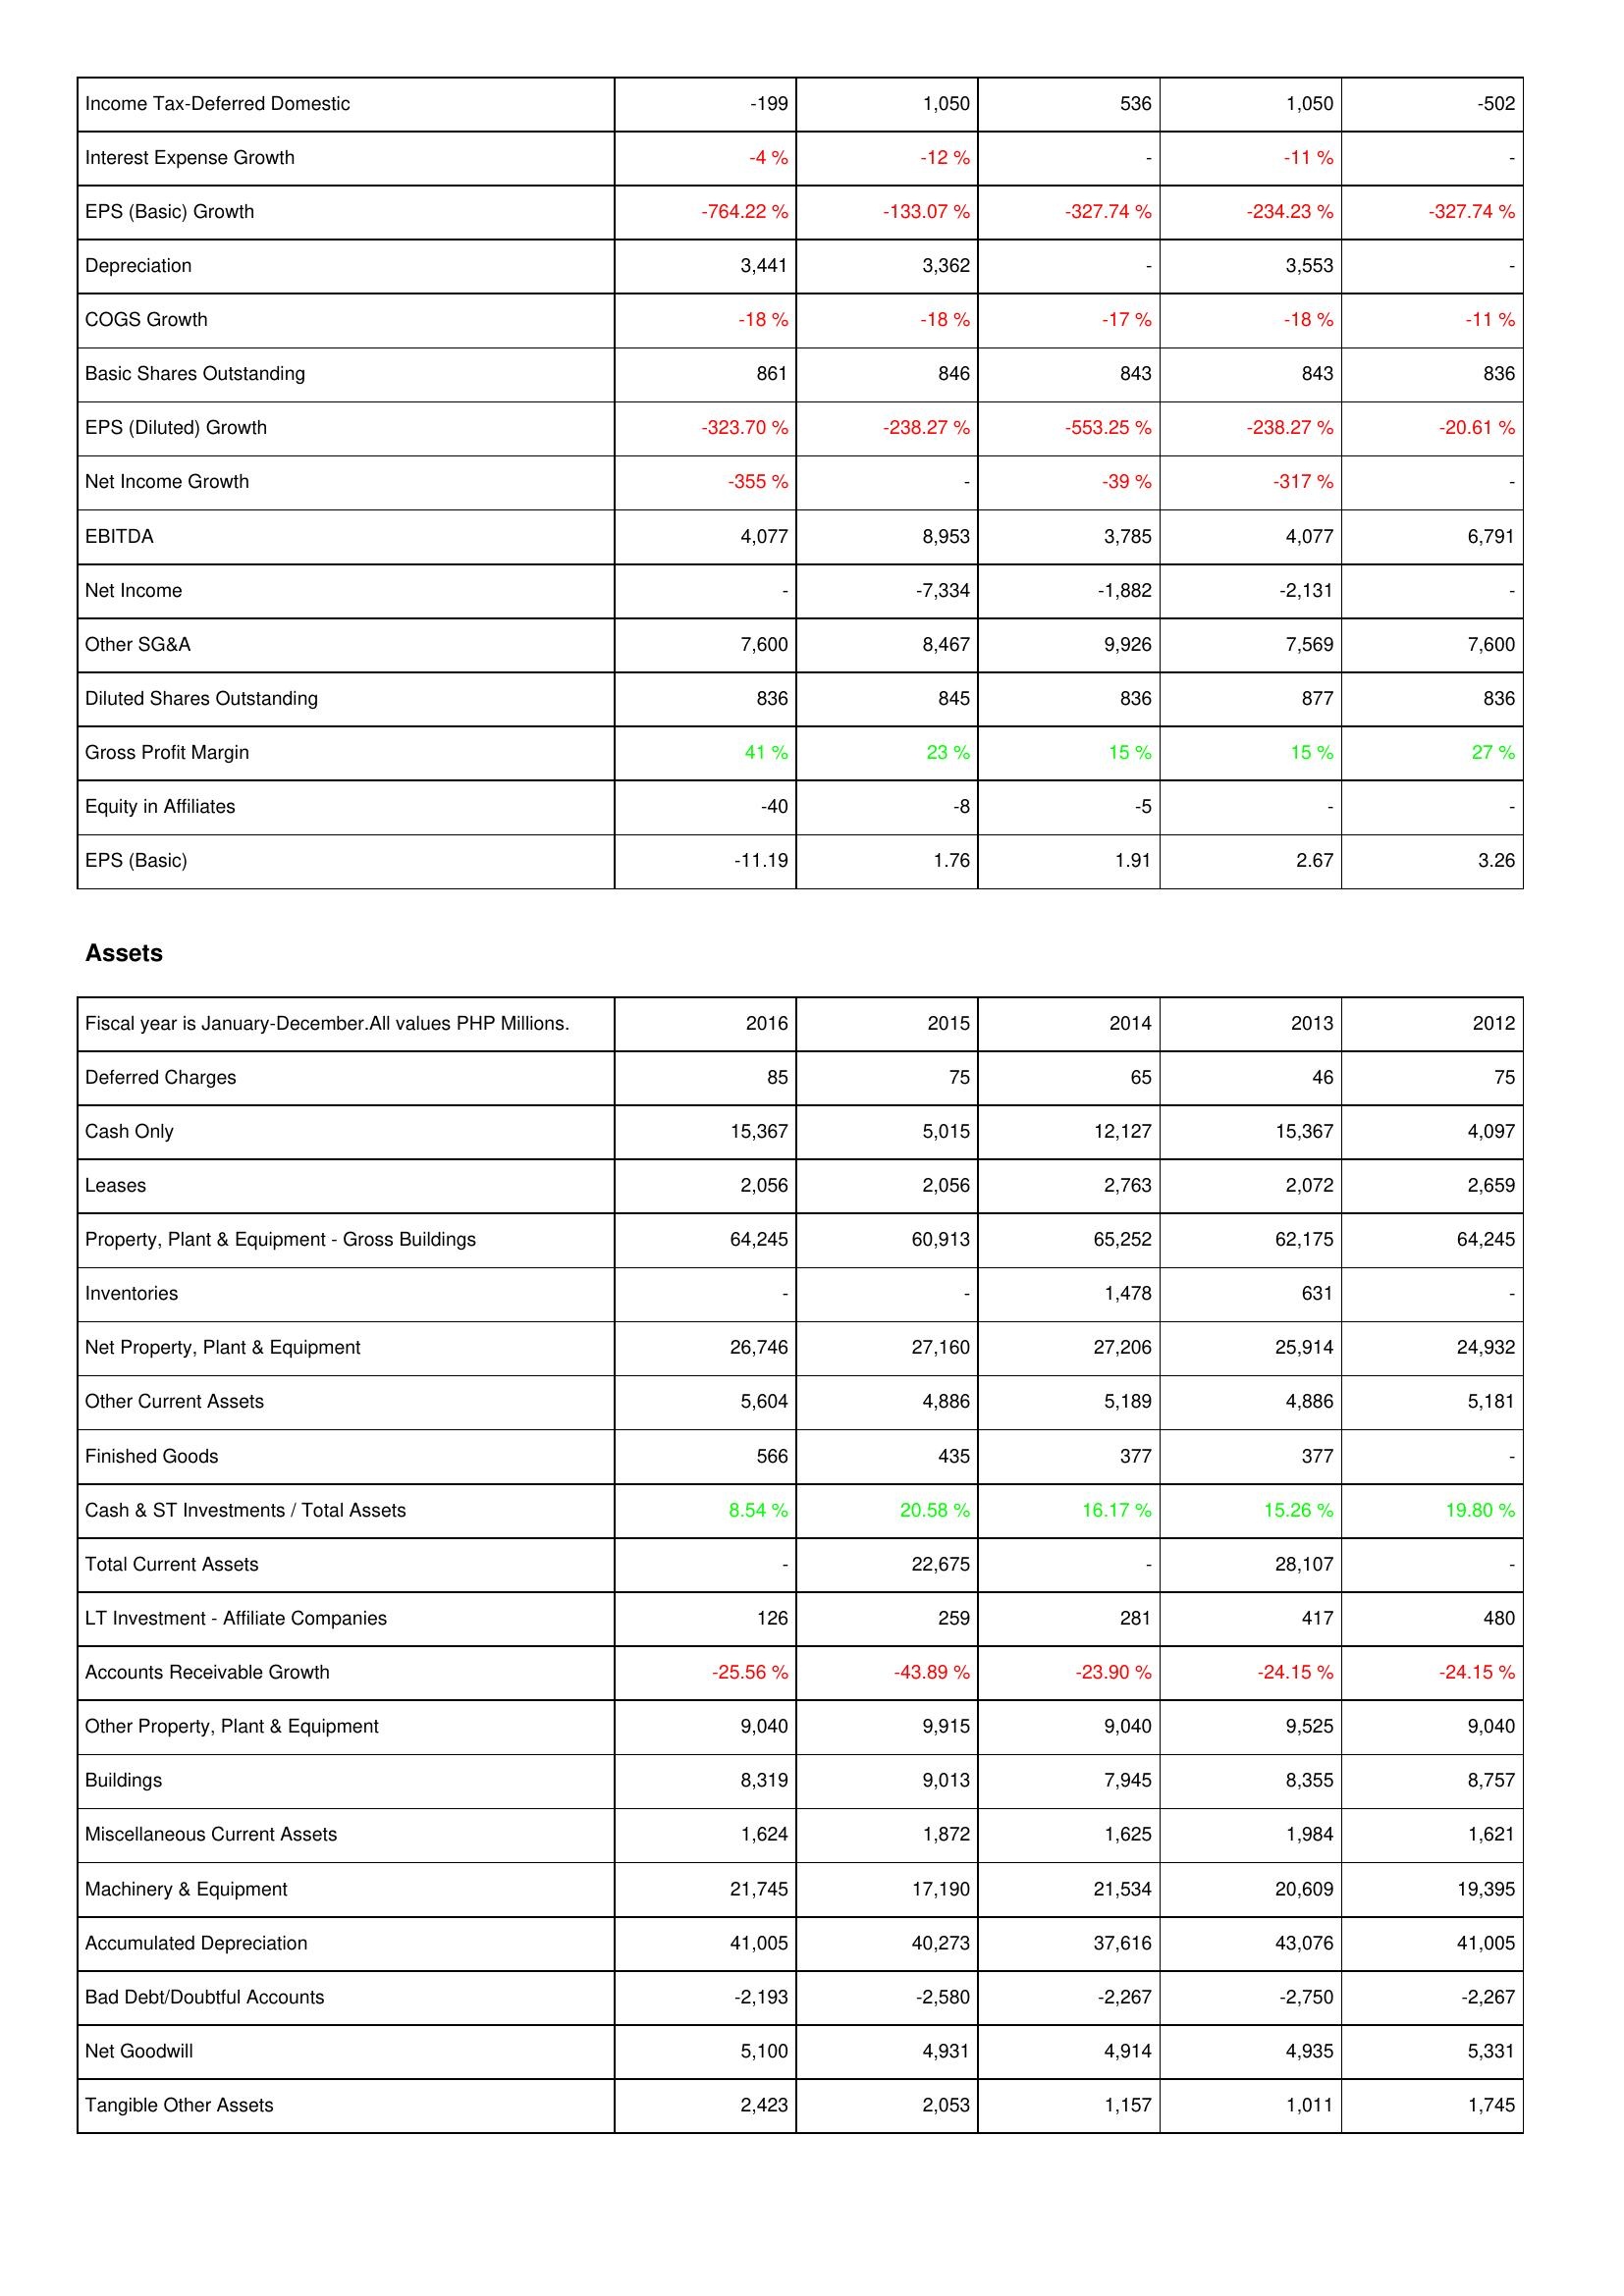
2016: Income Statement: Income Tax-Deferred Domestic: -199
Interest Expense Growth: -4 %
EPS (Basic) Growth: -764.22 %
Depreciation: 3,441
COGS Growth: -18 %
Basic Shares Outstanding: 861
EPS (Diluted) Growth: -323.70 %
Net Income Growth: -355 %
EBITDA: 4,077
Net Income: -
Other SG&A: 7,600
Diluted Shares Outstanding: 836
Gross Profit Margin: 41 %
Equity in Affiliates: -40
EPS (Basic): -11.19
Assets: Deferred Charges: 85
Cash Only: 15,367
Leases: 2,056
Property, Plant & Equipment - Gross Buildings: 64,245
Inventories: -
Net Property, Plant & Equipment: 26,746
Other Current Assets: 5,604
Finished Goods: 566
Cash & ST Investments / Total Assets: 8.54 %
Total Current Assets: -
LT Investment - Affiliate Companies: 126
Accounts Receivable Growth: -25.56 %
Other Property, Plant & Equipment: 9,040
Buildings: 8,319
Miscellaneous Current Assets: 1,624
Machinery & Equipment: 21,745
Accumulated Depreciation: 41,005
Bad Debt/Doubtful Accounts: -2,193
Net Goodwill: 5,100
Tangible Other Assets: 2,423
2015: Income Statement: Income Tax-Deferred Domestic: 1,050
Interest Expense Growth: -12 %
EPS (Basic) Growth: -133.07 %
Depreciation: 3,362
COGS Growth: -18 %
Basic Shares Outstanding: 846
EPS (Diluted) Growth: -238.27 %
Net Income Growth: -
EBITDA: 8,953
Net Income: -7,334
Other SG&A: 8,467
Diluted Shares Outstanding: 845
Gross Profit Margin: 23 %
Equity in Affiliates: -8
EPS (Basic): 1.76
Assets: Deferred Charges: 75
Cash Only: 5,015
Leases: 2,056
Property, Plant & Equipment - Gross Buildings: 60,913
Inventories: -
Net Property, Plant & Equipment: 27,160
Other Current Assets: 4,886
Finished Goods: 435
Cash & ST Investments / Total Assets: 20.58 %
Total Current Assets: 22,675
LT Investment - Affiliate Companies: 259
Accounts Receivable Growth: -43.89 %
Other Property, Plant & Equipment: 9,915
Buildings: 9,013
Miscellaneous Current Assets: 1,872
Machinery & Equipment: 17,190
Accumulated Depreciation: 40,273
Bad Debt/Doubtful Accounts: -2,580
Net Goodwill: 4,931
Tangible Other Assets: 2,053
2014: Income Statement: Income Tax-Deferred Domestic: 536
Interest Expense Growth: -
EPS (Basic) Growth: -327.74 %
Depreciation: -
COGS Growth: -17 %
Basic Shares Outstanding: 843
EPS (Diluted) Growth: -553.25 %
Net Income Growth: -39 %
EBITDA: 3,785
Net Income: -1,882
Other SG&A: 9,926
Diluted Shares Outstanding: 836
Gross Profit Margin: 15 %
Equity in Affiliates: -5
EPS (Basic): 1.91
Assets: Deferred Charges: 65
Cash Only: 12,127
Leases: 2,763
Property, Plant & Equipment - Gross Buildings: 65,252
Inventories: 1,478
Net Property, Plant & Equipment: 27,206
Other Current Assets: 5,189
Finished Goods: 377
Cash & ST Investments / Total Assets: 16.17 %
Total Current Assets: -
LT Investment - Affiliate Companies: 281
Accounts Receivable Growth: -23.90 %
Other Property, Plant & Equipment: 9,040
Buildings: 7,945
Miscellaneous Current Assets: 1,625
Machinery & Equipment: 21,534
Accumulated Depreciation: 37,616
Bad Debt/Doubtful Accounts: -2,267
Net Goodwill: 4,914
Tangible Other Assets: 1,157
2013: Income Statement: Income Tax-Deferred Domestic: 1,050
Interest Expense Growth: -11 %
EPS (Basic) Growth: -234.23 %
Depreciation: 3,553
COGS Growth: -18 %
Basic Shares Outstanding: 843
EPS (Diluted) Growth: -238.27 %
Net Income Growth: -317 %
EBITDA: 4,077
Net Income: -2,131
Other SG&A: 7,569
Diluted Shares Outstanding: 877
Gross Profit Margin: 15 %
Equity in Affiliates: -
EPS (Basic): 2.67
Assets: Deferred Charges: 46
Cash Only: 15,367
Leases: 2,072
Property, Plant & Equipment - Gross Buildings: 62,175
Inventories: 631
Net Property, Plant & Equipment: 25,914
Other Current Assets: 4,886
Finished Goods: 377
Cash & ST Investments / Total Assets: 15.26 %
Total Current Assets: 28,107
LT Investment - Affiliate Companies: 417
Accounts Receivable Growth: -24.15 %
Other Property, Plant & Equipment: 9,525
Buildings: 8,355
Miscellaneous Current Assets: 1,984
Machinery & Equipment: 20,609
Accumulated Depreciation: 43,076
Bad Debt/Doubtful Accounts: -2,750
Net Goodwill: 4,935
Tangible Other Assets: 1,011
2012: Income Statement: Income Tax-Deferred Domestic: -502
Interest Expense Growth: -
EPS (Basic) Growth: -327.74 %
Depreciation: -
COGS Growth: -11 %
Basic Shares Outstanding: 836
EPS (Diluted) Growth: -20.61 %
Net Income Growth: -
EBITDA: 6,791
Net Income: -
Other SG&A: 7,600
Diluted Shares Outstanding: 836
Gross Profit Margin: 27 %
Equity in Affiliates: -
EPS (Basic): 3.26
Assets: Deferred Charges: 75
Cash Only: 4,097
Leases: 2,659
Property, Plant & Equipment - Gross Buildings: 64,245
Inventories: -
Net Property, Plant & Equipment: 24,932
Other Current Assets: 5,181
Finished Goods: -
Cash & ST Investments / Total Assets: 19.80 %
Total Current Assets: -
LT Investment - Affiliate Companies: 480
Accounts Receivable Growth: -24.15 %
Other Property, Plant & Equipment: 9,040
Buildings: 8,757
Miscellaneous Current Assets: 1,621
Machinery & Equipment: 19,395
Accumulated Depreciation: 41,005
Bad Debt/Doubtful Accounts: -2,267
Net Goodwill: 5,331
Tangible Other Assets: 1,745